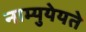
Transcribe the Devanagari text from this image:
नाम्युयेयते